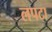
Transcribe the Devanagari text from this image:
लपटा